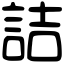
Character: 詰